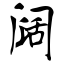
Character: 阔